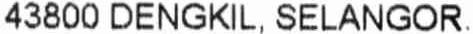
43800 DENGKIL, SELANGOR.